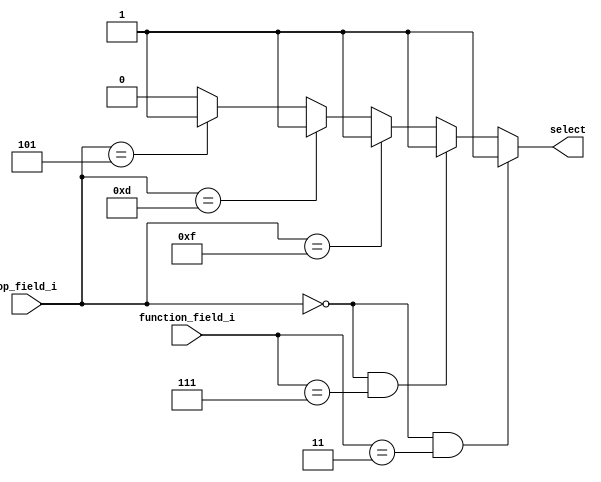
//             Alden Rivera 0416329
//             Jorge Pineda 0416330
`timescale 1ns / 1ps



module adv_instr_sel(
		op_field_i,
		function_field_i,
		select
    );
input [6-1:0] op_field_i;
input [6-1:0] function_field_i;
output reg 	  select;

always@(*)
begin
	if((op_field_i == 6'b000000) && (function_field_i == 6'b000011))
		select = 1;
	else if((op_field_i == 6'b000000) && (function_field_i == 6'b000111))
		select = 1;
	else if(op_field_i == 6'b001111)
		select = 1;
	else if(op_field_i == 6'b001101)
		select = 1;
	else if(op_field_i == 6'b000101)
		select = 1;
	else 
		select = 0;
end
endmodule